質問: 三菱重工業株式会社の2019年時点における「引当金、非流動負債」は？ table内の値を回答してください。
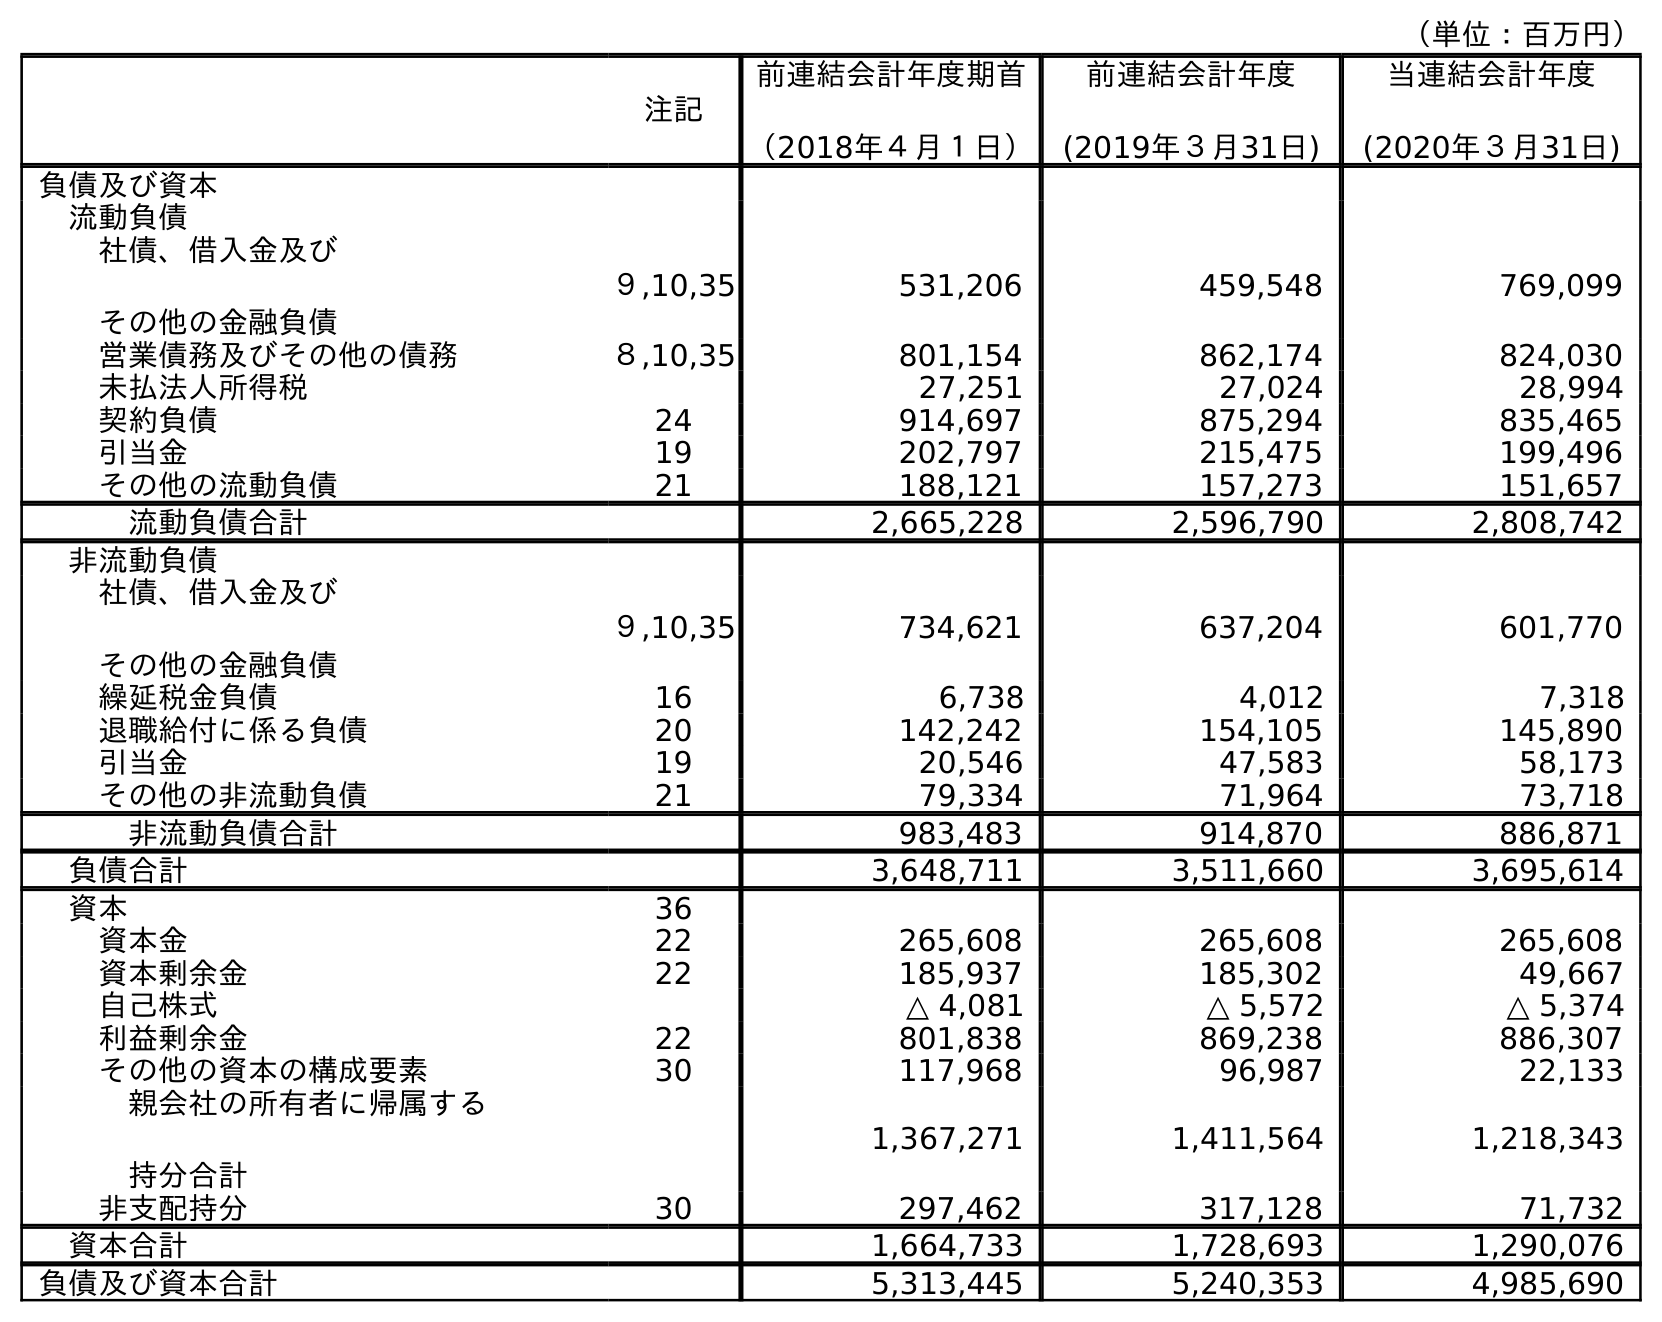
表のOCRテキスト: （単位：百万円） 注記 前連結会計年度期首 （2018年４月１日） 前連結会計年度 (2019年３月31日) 当連結会計年度 (2020年３月31日) 負債及び資本 流動負債 社債、借入金及び その他の金融負債 ９,10,35 531,206 459,548 769,099 営業債務及びその他の債務 ８,10,35 801,154 862,174 824,030 未払法人所得税 27,251 27,024 28,994 契約負債 24 914,697 875,294 835,465 引当金 19 202,797 215,475 199,496 その他の流動負債 21 188,121 157,273 151,657 流動負債合計 2,665,228 2,596,790 2,808,742 非流動負債 社債、借入金及び その他の金融負債 ９,10,35 734,621 637,204 601,770 繰延税金負債 16 6,738 4,012 7,318 退職給付に係る負債 20 142,242 154,105 145,890 引当金 19 20,546 47,583 58,173 その他の非流動負債 21 79,334 71,964 73,718 非流動負債合計 983,483 914,870 886,871 負債合計 3,648,711 3,511,660 3,695,614 資本 36 資本金 22 265,608 265,608 265,608 資本剰余金 22 185,937 185,302 49,667 自己株式 △ 4,081 △ 5,572 △ 5,374 利益剰余金 22 801,838 869,238 886,307 その他の資本の構成要素 30 117,968 96,987 22,133 親会社の所有者に帰属する 持分合計 1,367,271 1,411,564 1,218,343 非支配持分 30 297,462 317,128 71,732 資本合計 1,664,733 1,728,693 1,290,076 負債及び資本合計 5,313,445 5,240,353 4,985,690
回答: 47,583